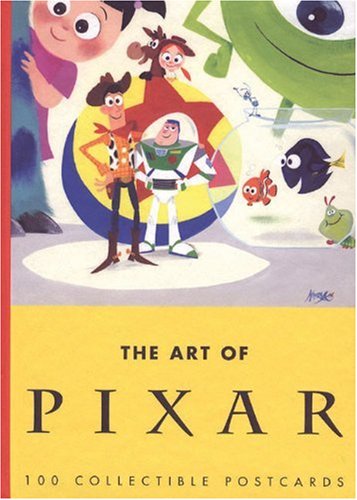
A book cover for The Art of Pixar: 100 Collectible Postcards; Humor & Entertainment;